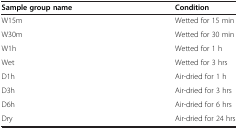
<table><thead><tr><td><b>Sample group name</b></td><td><b>Condition</b></td></tr></thead><tbody><tr><td>W15m</td><td>Wetted for 15 min</td></tr><tr><td>W30m</td><td>Wetted for 30 min</td></tr><tr><td>W1h</td><td>Wetted for 1 h</td></tr><tr><td>Wet</td><td>Wetted for 3 hrs</td></tr><tr><td>D1h</td><td>Air-dried for 1 h</td></tr><tr><td>D3h</td><td>Air-dried for 3 hrs</td></tr><tr><td>D6h</td><td>Air-dried for 6 hrs</td></tr><tr><td>Dry</td><td>Air-dried for 24 hrs</td></tr></tbody></table>